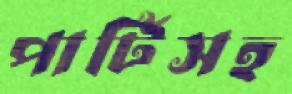
পার্টিসহ